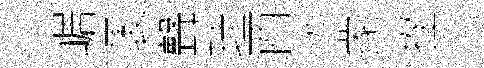
崌褁聲珪酉洮䝉挫